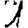
Digit: 1